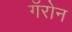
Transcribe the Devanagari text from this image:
गॅरोन